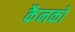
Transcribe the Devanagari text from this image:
कैनको